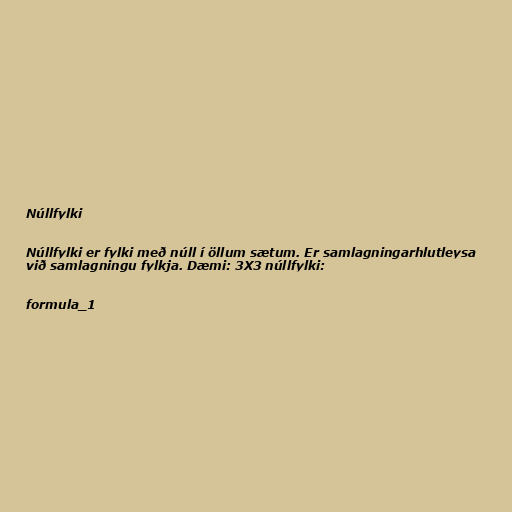
Núllfylki

Núllfylki er fylki með núll í öllum sætum. Er samlagningarhlutleysa
við samlagningu fylkja. Dæmi: 3X3 núllfylki:

formula_1